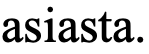
asiasta.